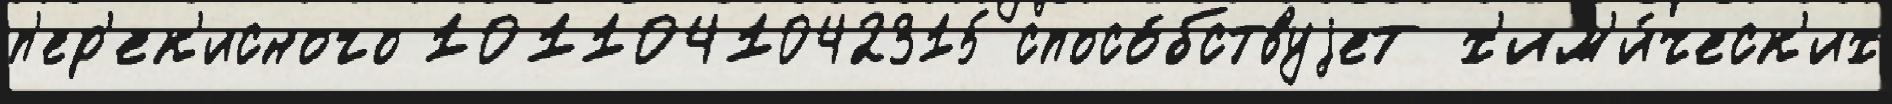
п'ер'ек'исного 1011041042315 спосо́бствуjет х'им'и́ческ'их